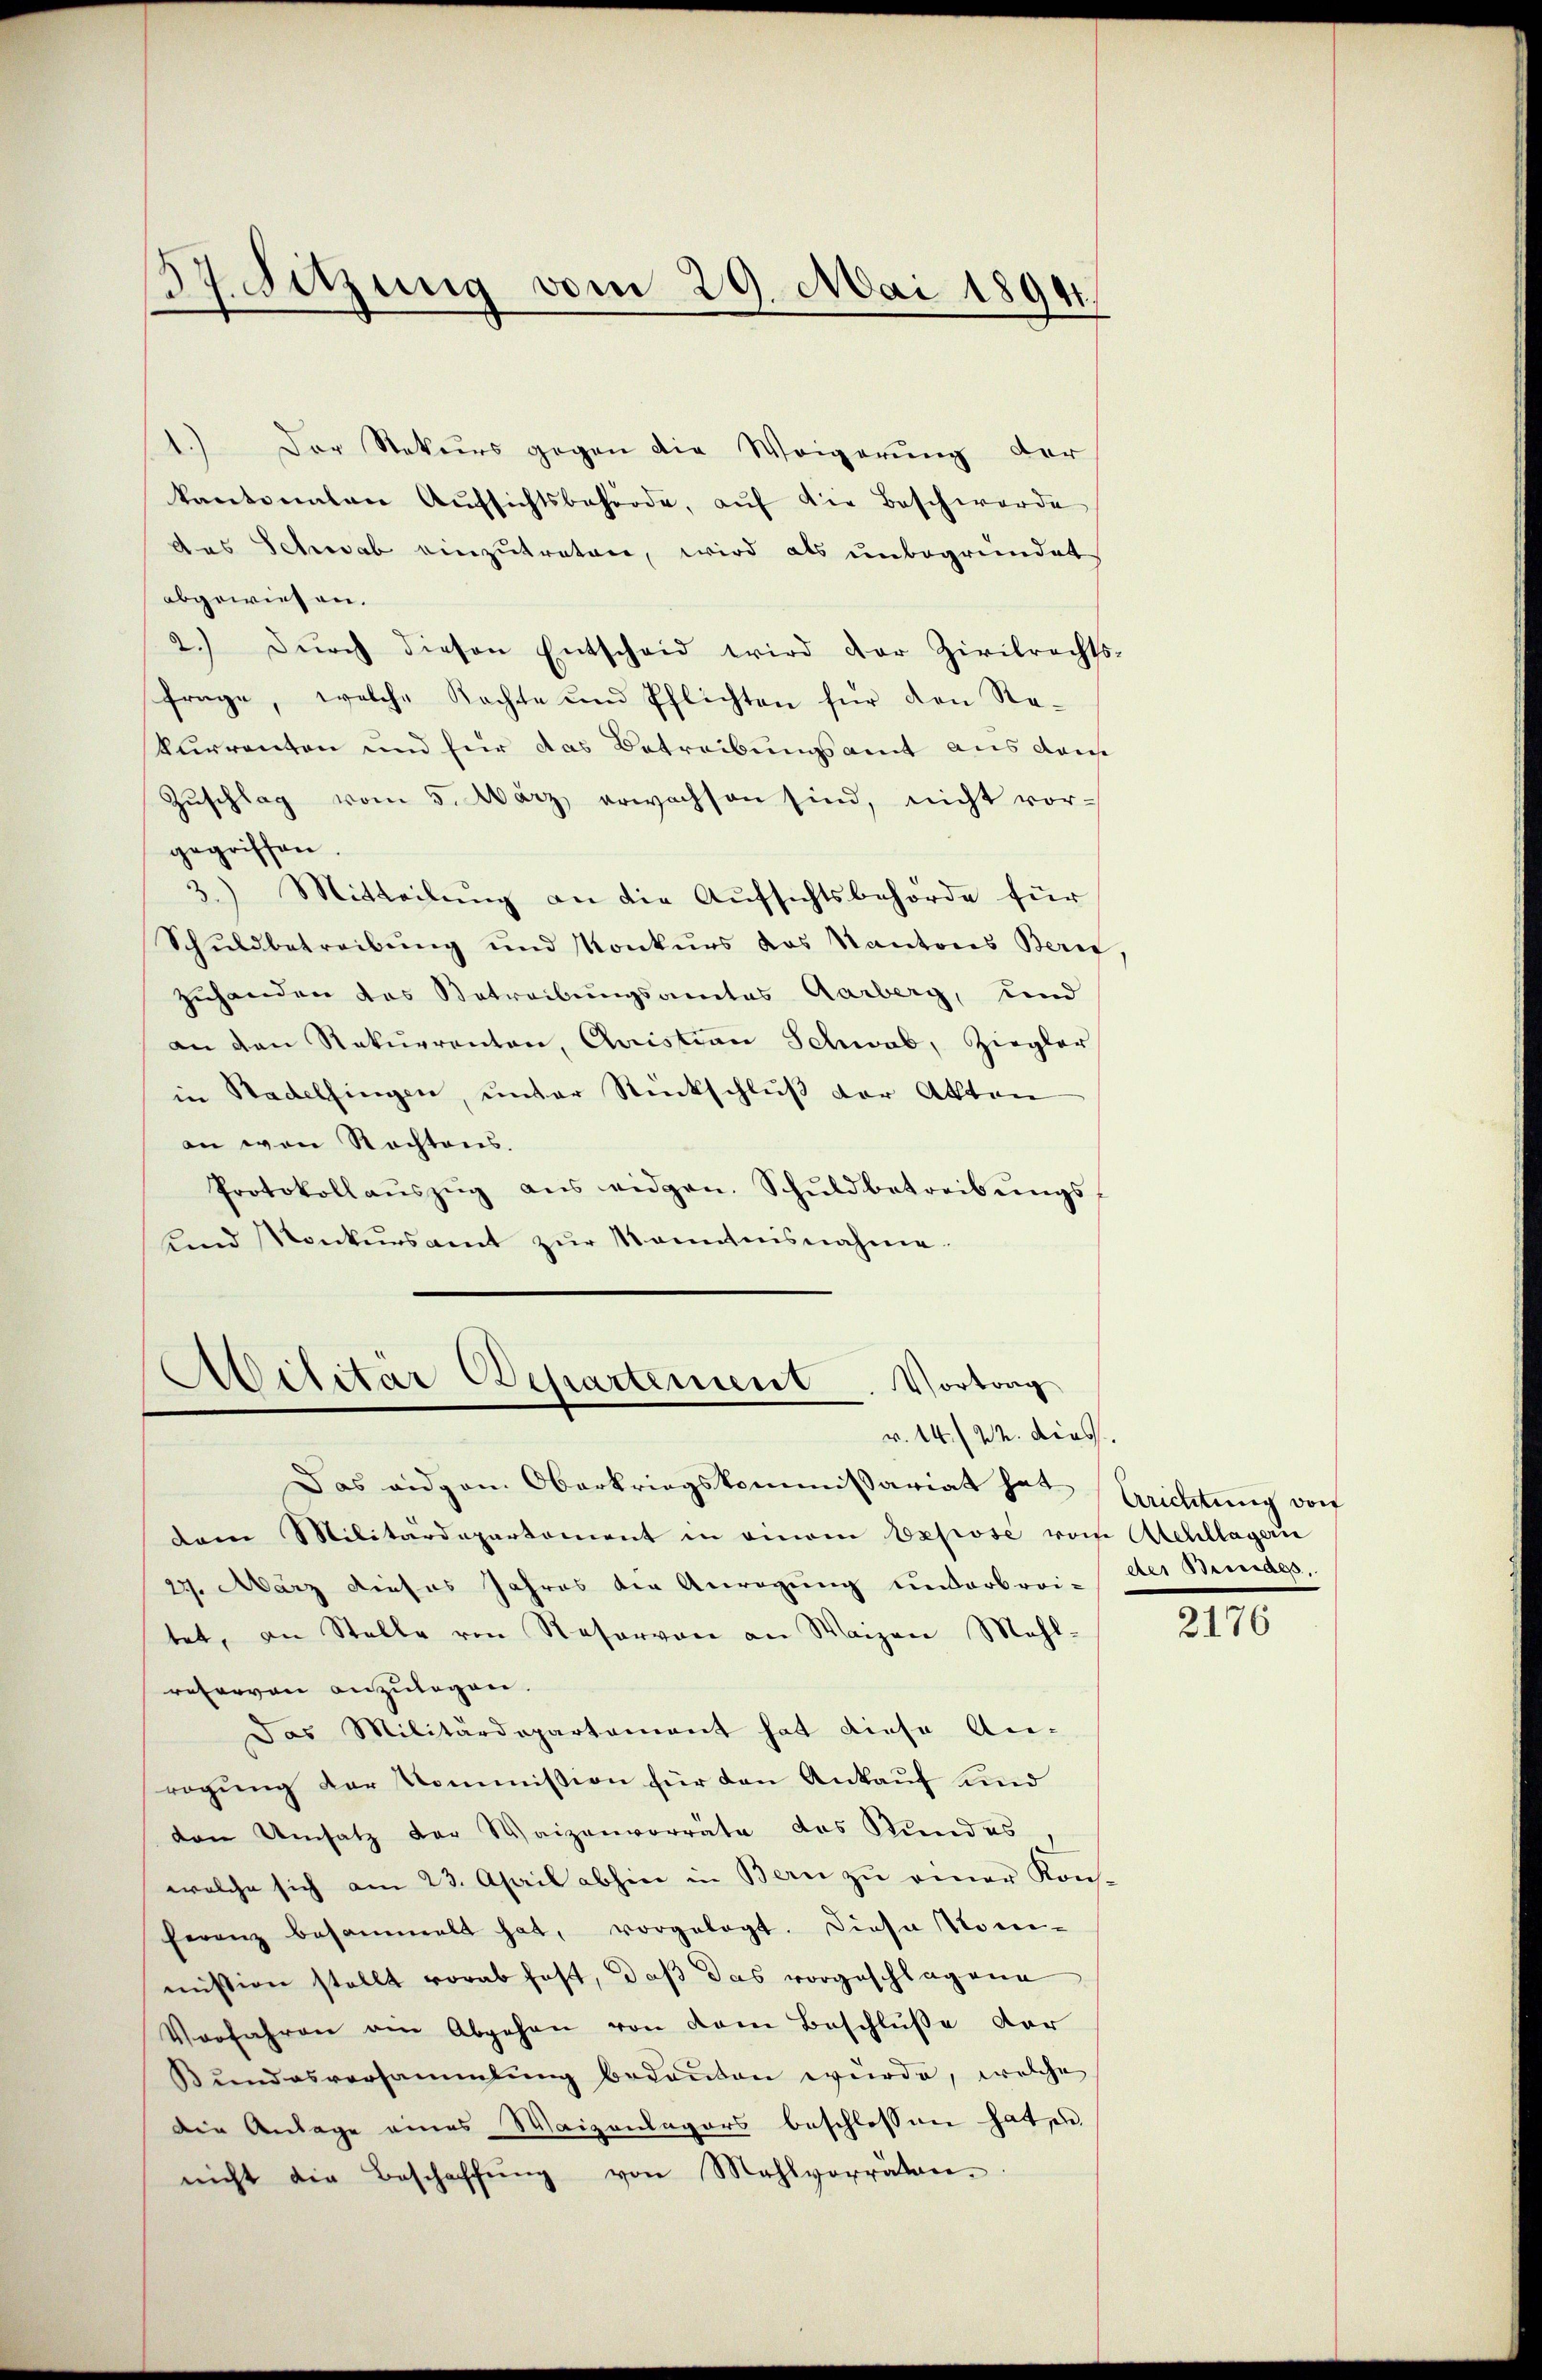
Sitzung vom 29. Mai 1894.
3

Der Rekurs gegen die Weigerung der
kantonaten Aŭfsichtsbehörde, aŭf die Beschwerde
das Schwab einzutreten, wird als unbegründet
abgewiesen.
2.) Dŭrch diesen Entscheid wird der Zivilrechts-
frage, welche Rechte und Pflichten für den Rekurrenten und für das Betreibungsamt aus dans
Zuschlag vom 5. März erwachsen sind, nicht vor-
gegriffen.
3.) Mitteilung an die Aufsichtsbehörde für
Schuldbetreibung und Konkurs das Kantons Bern,
zuhanden das Betreibungsamtes Aarberg, und
an den Rekurrenten, Quistian Schwab, Ziegler
in Radelfingen, unter Rückschluß der Akten
an von Rechtens.
Protokollaŭszŭg ans eidgen. Schŭldbetreibŭngs-
ŭnd Konkŭrsamt zŭr Kenntnisnahme.

Abilitär Departement. Vortrag
v. 14./22. diess.

dem Militärdepartement in einem Expose vom Atehllageri
27. März dieses Jahres der Anregung unterbrei-
tet, an Stelle von Reservon an Waizen Mehl-
retarvon anzulagen.
Das Militärdepartement hat diese An-
ragung der Kommission für den Ankauf und
den Umsatz der Waizenvorräte des Stundes
welche sich am 23. April abhin in Bern zŭ einer Konferanz besammelt hat, vorgelegt. Diese Nomimission stellt vorab hast, daß das vorgeschlagene
Vorfahren ein Abgehen von dem Beschluße der
Bŭndesversammlung bedeŭten würde, welche
die Anlage eines Waizenlagers beschlossen hat, en
nicht die Beschaffŭng von Mahlvorräten.

Das angen Oberkriegskommissariat hat

Arichtung dor
der Bemals,

2176